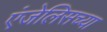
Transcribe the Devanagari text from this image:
एंजेलिसच्या